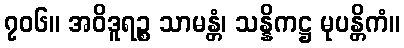
၇၀၆။ အဝိဒူရဉ္စ သာမန္တံ၊ သန္နိကဋ္ဌ မုပန္တိကံ။